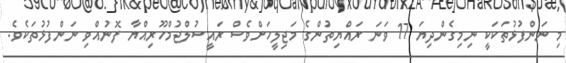
މި ނަންފުޅުތަކަކީ ނިމިގެންދިޔަ 17 ވަނަ ރައްޔިތުންގެ މަޖިލީހަށްވެސް ރައީސުލްޖުމްހޫރިއްޔާ ފޮނުއްވި ނަންފުޅުތަކެވެ.